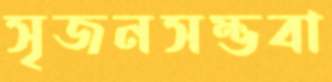
সৃজনসম্ভবা